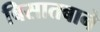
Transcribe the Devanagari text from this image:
बिसातबाने